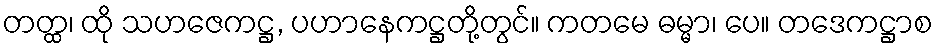
တတ္ထ၊ ထို သဟဇေကဋ္ဌ, ပဟာနေကဋ္ဌတို့တွင်။ ကတမေ ဓမ္မာ၊ ပေ။ တဒေကဋ္ဌာစ